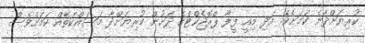
ކުރިޔަށްދާނެ ކަމަށެވެ. އަދި މިއީ ފީފާ ޕްރޮޖެކްޓްގެ ދަށުން ކުރިޔަށްދާ މަސައްކަތެއް ކަމަށްވެސް